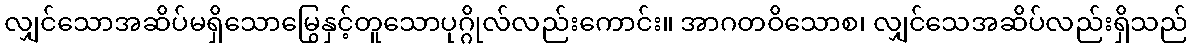
လျှင်သောအဆိပ်မရှိသောမြွေနှင့်တူသောပုဂ္ဂိုလ်လည်းကောင်း။ အာဂတဝိသောစ၊ လျှင်သေအဆိပ်လည်းရှိသည်